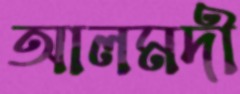
আলমদী